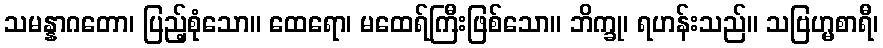
သမန္နာဂတော၊ ပြည့်စုံသော။ ထေရော၊ မထေရ်ကြီးဖြစ်သော။ ဘိက္ခု၊ ရဟန်းသည်။ သဗြဟ္မစာရီ၊